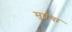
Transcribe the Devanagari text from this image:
मूर्ध्नया